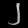
Digit: ၂